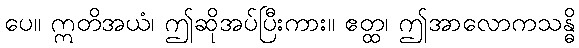
ပေ။ ဣတိအယံ၊ ဤဆိုအပ်ပြီးကား။ ဧတ္ထ၊ ဤအာလောကသန္ဓိ